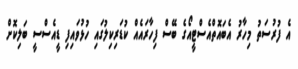
އެ ފުރުސަތު މިހާރު އެބައޮތްއެސްޓީއޯގެ ބޭސް ފިހާރައެއް ކުޑަރިކިލުގައި ހުޅުވައިފި ޑީއެސްސީ ބަލިކޮށް